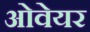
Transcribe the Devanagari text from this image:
ओवेयर